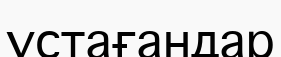
ұстағандар